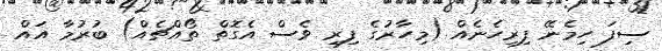
ސިފަ ހިމެނޭ ފިރިހެނެއް (މިހާރުގެ ފިރި ވެސް އެގޮތް ތޯއްޗެއް) ބުރުމާ އައް